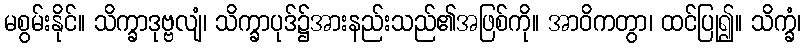
မစွမ်းနိုင်။ သိက္ခာဒုဗ္ဗလျံ၊ သိက္ခာပုဒ်၌အားနည်းသည်၏အဖြစ်ကို။ အာဝိကတွာ၊ ထင်ပြု၍။ သိက္ခံ၊